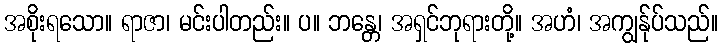
အစိုးရသော။ ရာဇာ၊ မင်းပါတည်း။ ပ။ ဘန္တေ၊ အရှင်ဘုရားတို့။ အဟံ၊ အကျွန်ုပ်သည်။